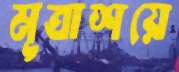
মূত্রাশয়ে